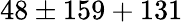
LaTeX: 48\pm 159+131